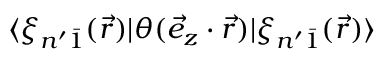
\langle \xi _ { n ^ { \prime } \bar { 1 } } ( \vec { r } ) | \theta ( \vec { e } _ { z } \cdot \vec { r } ) | \xi _ { n ^ { \prime } \bar { 1 } } ( \vec { r } ) \rangle